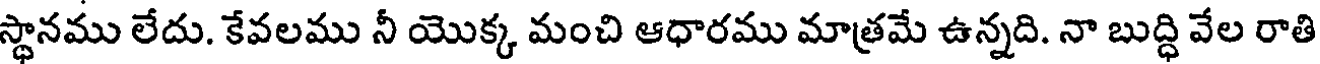
స్థానము లేదు. కేవలము నీ యొక్క మంచి ఆధారము మాత్రమే ఉన్నది. నా బుద్ధి వేల రాతి